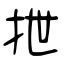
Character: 抴